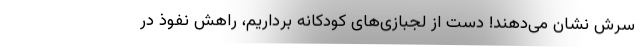
سرش نشان می‌دهند! دست از لجبازی‌های کودکانه برداریم، راهش نفوذ در